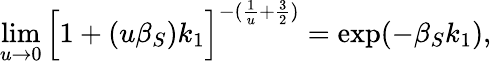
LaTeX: \operatorname*{lim}_{u\rightarrow 0}\Big[1+(u\beta_{S})k_{1}\Big]^{-(\frac{1}{u}+\frac{3}{2})}=\exp(-\beta_{S}k_{1}),